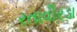
રતાવીરડા